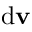
{ \mathrm { d } } \mathbf { v }